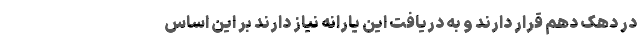
در دهک دهم قرار دارند و به دریافت این یارانه نیاز دارند بر این اساس